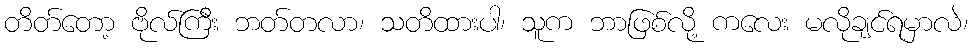
တိတ်တော့ ဗိုလ်ကြီး ဘတ်တလာ၊ သတိထားပါ၊ သူက ဘာဖြစ်လို့ ကလေး မလိုချင်ရမှာလဲ၊